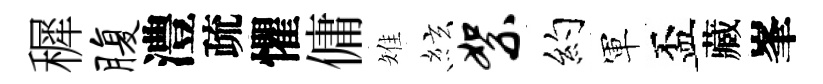
穉腹澧疏懼傭雉絃絮约軍盃藏峯